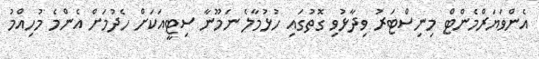
އެންވަޔަރްމެންޓް މިނިސްޓަރު ވިދާޅުވި ގޮތުގައި ހުޅުމާލެ ނަމޫނާ ސިޓީއަކަށް ހެދުމަށް އެންމެ މުހިއްމު